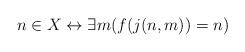
LaTeX: \begin{align*}n \in X \leftrightarrow \exists m(f(j(n,m)) = n)\end{align*}